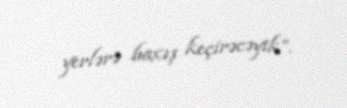
yerlərə baxış keçirəcəyik”.